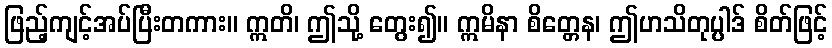
ဖြည့်ကျင့်အပ်ပြီးတကား။ ဣတိ၊ ဤသို့ တွေး၍။ ဣမိနာ စိတ္တေန၊ ဤဟသိတုပ္ပါဒ် စိတ်ဖြင့်